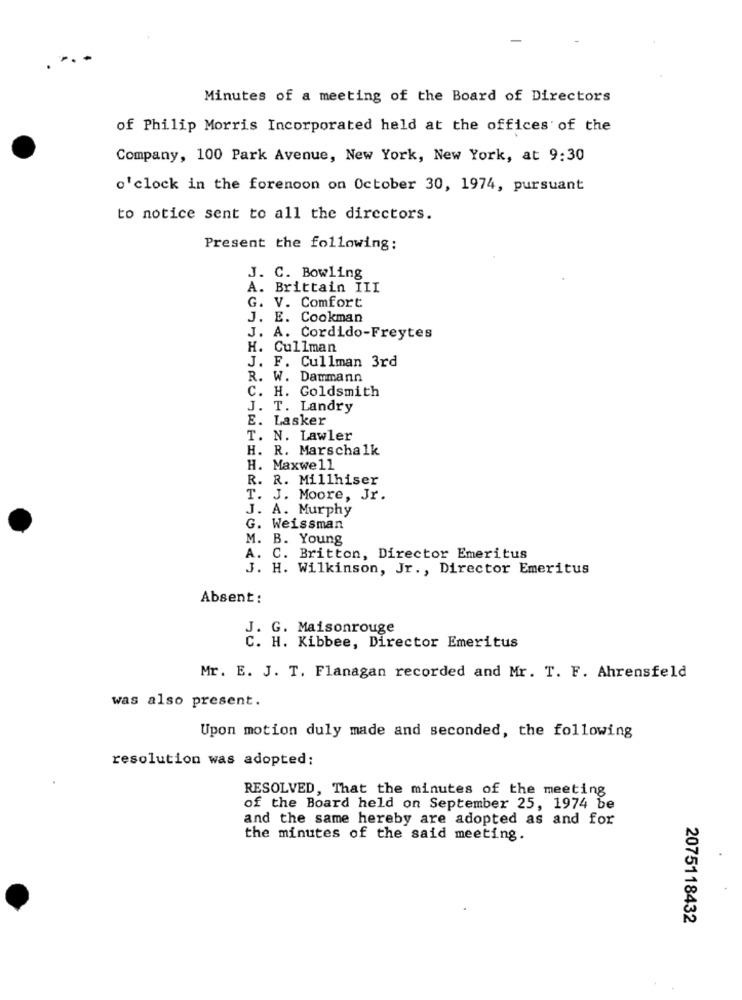
Minutes of a meeting of the Board of Directors
of Philip Morris Incorporated held at the offices of the
Company, 100 Park Avenue, New York, New York, at 9:30
o'clock in the forenoon on October 30, 1974, pursuant
to notice sent to all the directors.
Present the following:
J. C. Bowling
A. Brittain III
G. V. Comfort
J. E. Cookman
J. A. Cordido-Freytes
H. Cullman
J. F. Cullman 3rd
R. W. Dammann
C. H. Goldsmith
J. T. Landry
E. Lasker
T. N. Lawler
H. R. Marschalk
H. Maxwell
R. R. Millhiser
T. J. Moore, Jr.
J. A. Murphy
G. Weissman
M. B. Young
A. C. Britton, Director Emeritus
J. H. Wilkinson, Jr ., Director Emeritus
Absent:
J. G. Maisonrouge
C. H. Kibbee, Director Emeritus
Mr. E. J. T. Flanagan recorded and Mr. T. F. Ahrensfeld
was also present.
Upon motion duly made and seconded, the following
resolution was adopted;
RESOLVED, That the minutes of the meeting
of the Board held on September 25, 1974 be
and the same hereby are adopted as and for
the minutes of the said meeting.
2075118432